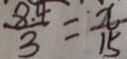
\frac { 8 . 4 } { 3 } = \frac { x } { 1 5 }